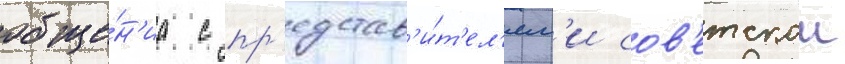
обще́н'иа с пр'едстав'и́т'ел'ям'и сов'етскои